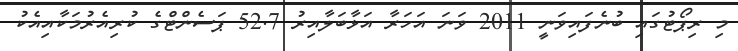
މި ރިޕޯޓުގައި ބުނެފައިވަނީ 2011 ވަނަ އަހަރާ އަޅާބަލާއިރު 52.7 ޕަސެންޓްގެ ކުރިއެރުމަކާއިއެކު